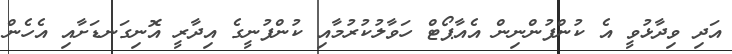
އަދި ވިދާޅުވީ އެ ކުންފުންނިން އެއާޕޯޓް ހަވާލުކުރުމާއި ކުންފުނީގެ އިދާރީ އޮނިގަނޑަށާއި އެހެން